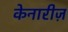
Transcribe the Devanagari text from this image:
केनारीज़